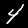
Digit: 4